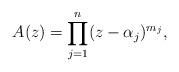
LaTeX: \begin{align*}A(z)=\prod_{j=1}^{n}(z-\alpha_j)^{m_j}, \end{align*}